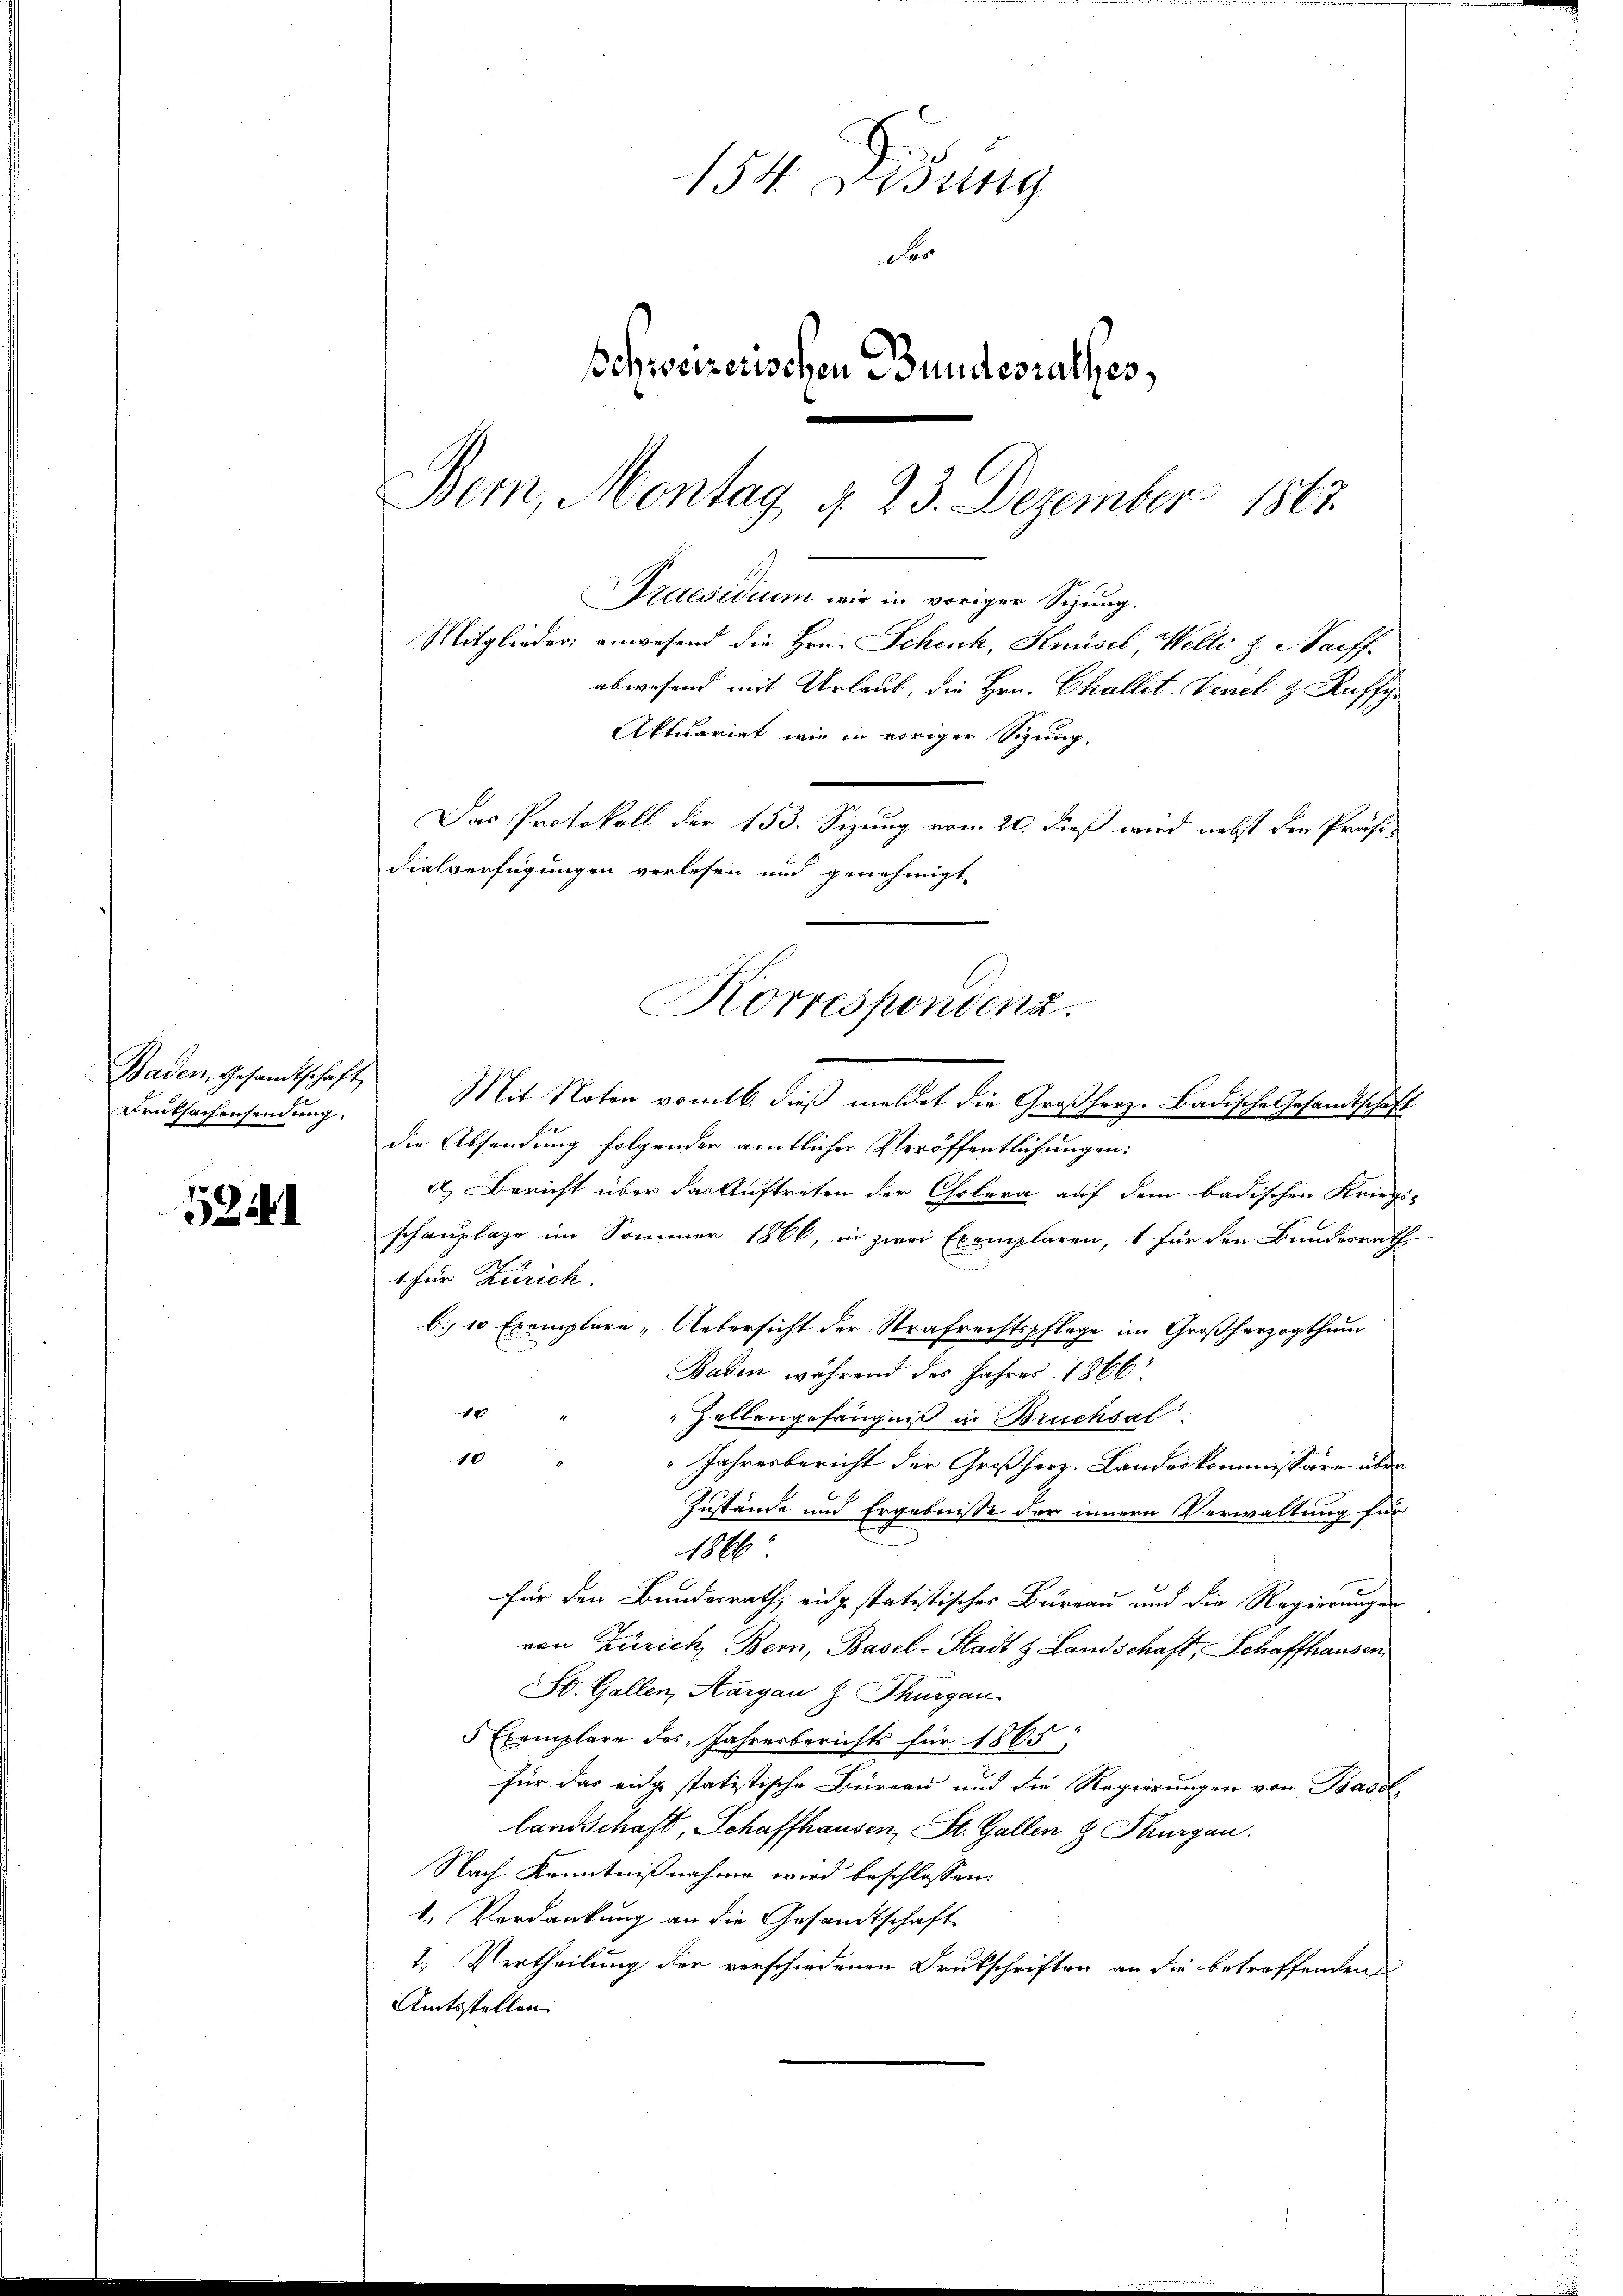
Früksachensendung.

5941

Aktuariat wie in voriger Sizung,
Badem Gesamtschaft Mit Noten vomtb. dieß meldet die Großherz- Badische Gesandtschaft
die Absendung folgender amtlicher Veröffentlichungen:
A.) Bericht über der Auftreten der Cholera auf dem badischen Kriegsschauplaze im Sommer 1866, in zwei Exemplaren, 1 für den Bundesrath
u
1 für Zürich.
b. 10 Exemplare Untersicht der Strafrechtspflege im Großherzogthum
Baden während des Jahres 1866
10
Zellengefängniß in Bruchsal
10
Jahresbericht der Großherz. Landeskommissäre über
Zustände und Ergebnisse der innern Verwaltung für
1866
für den Bundesrath, eidg statistisches Burgau und die Regierungen
von Zürich Bern, Basel-Stadt & Landschaft, Schaffhausen
St. Gallen, Aargau z. Thurgau.
5 Exemplare des Jahresberichts für 1865.
für das eidge statistische Büreau und die Regierungen von Basel
landschaft, Schaffhausen, St. Gallen & Thurgau.
Nach Kenntnißnahme wird beschlossen:
1. Verdankung an die Gesandtschaft
2. Vertheilung der verschiedenen Drukschriften an die betreffenden
Amtsstellen

154. Disung
der
Schweizerischen Bundesrathes,

Bem, Montag d. 23. Dezember 1867
Pruesidium wir in voriger Sigung.
Mitglieder anwesend die Hrn. Schenk, Knüsel, Welli z Naeff
abwesend mit Urlaub, die Hrn. Challet-Venel & Ruffge

Das Protokoll der 153. Sizung vom 20. dieß wird nebst den Präsi-
Fielverfügungen verlesen und genehmigt
Korrespondenz.